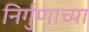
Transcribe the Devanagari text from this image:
निर्गुणाच्या